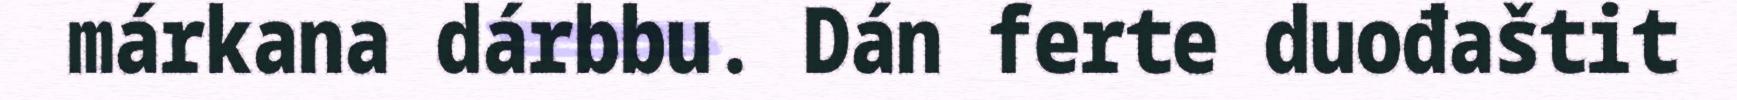
márkana dárbbu. Dán ferte duođaštit